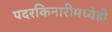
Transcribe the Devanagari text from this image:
पदरकिनारीमध्येही